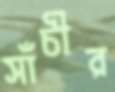
সাঁচীর